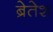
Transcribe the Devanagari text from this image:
ब्रेतेश